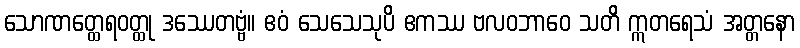
သောဏတ္ထေရဝတ္ထု ဒဿေတဗ္ဗံ။ ဧဝံ သေသေသုပိ ဧကဿ ဗလဝဘာဝေ သတိ ဣတရေသံ အတ္တနော